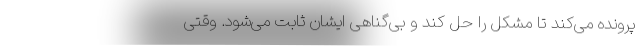
پرونده می‌کند تا مشکل را حل کند و بی‌گناهی ایشان ثابت می‌شود. وقتی